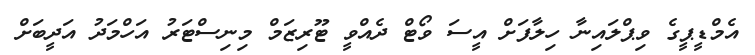
އެމްޑީޕީގެ ވިޕްލައިނާ ހިލާފަށް އީސަ ވޯޓް ދެއްވީ ޓޫރިޒަމް މިނިސްޓަރު އަހްމަދު އަދީބަށް